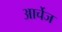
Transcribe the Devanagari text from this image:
आर्चेज